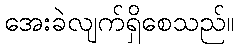
အေးခဲလျက်ရှိစေသည်။